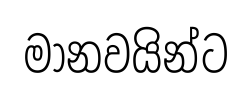
මානවයින්ට